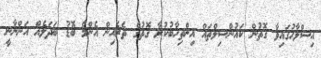
އިސްލާހުގައިވާ ގޮތުން ކައުންސިލްތައް އިންތިހާބުކުރާ ގޮތުގެ ތެރެއިން އެންމެ ބޮޑު ބަދަލެއް އަންނާނީ